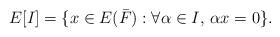
LaTeX: \begin{align*}E[I]=\{x \in E(\bar{F}) : \forall \alpha \in I, \, \alpha x=0\}.\end{align*}